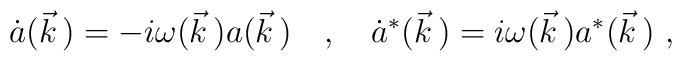
\dot{a}(\vec{k}\,)=-i\omega(\vec{k}\,)a(\vec{k}\,)\ \ \ ,\ \ \ \dot{a}^*(\vec{k}\,)=i\omega(\vec{k}\,)a^*(\vec{k}\,)\ ,